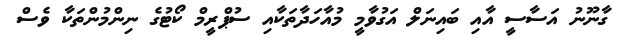
ގާނޫނު އަސާސީ އާއި ބައިނަލް އަގުވާމީ މުއާހަދާތަކާއި ސުޕްރީމް ކޯޓުގެ ނިންމުންތަކާ ވެސް